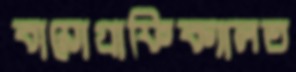
বায়োগ্রাফিক্যালত